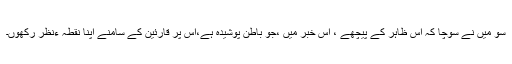
سو میں نے سوچا کہ اس ظاہر کے پیچھے ، اس خبر میں ،جو باطن پوشیدہ ہے،اس پر قارئین کے سامنے اپنا نقطہ ءنظر رکھوں۔